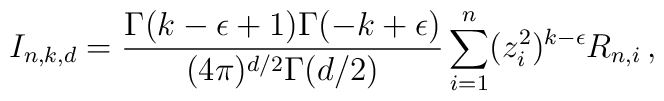
I_{n,k,d} =\frac{\Gamma(k-\epsilon+1)\Gamma(-k+\epsilon)}{(4\pi)^{d/2}\Gamma(d/2)}\sum_{i=1}^n (z_i^2)^{k-\epsilon} R_{n,i} \,,